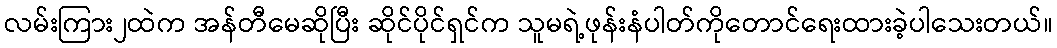
လမ်းကြား၂ထဲက အန်တီမေဆိုပြီး ဆိုင်ပိုင်ရှင်က သူမရဲ့ဖုန်းနံပါတ်ကိုတောင်ရေးထားခဲ့ပါသေးတယ်။